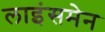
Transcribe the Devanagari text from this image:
लाइंसमेन